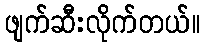
ဖျက်ဆီးလိုက်တယ်။